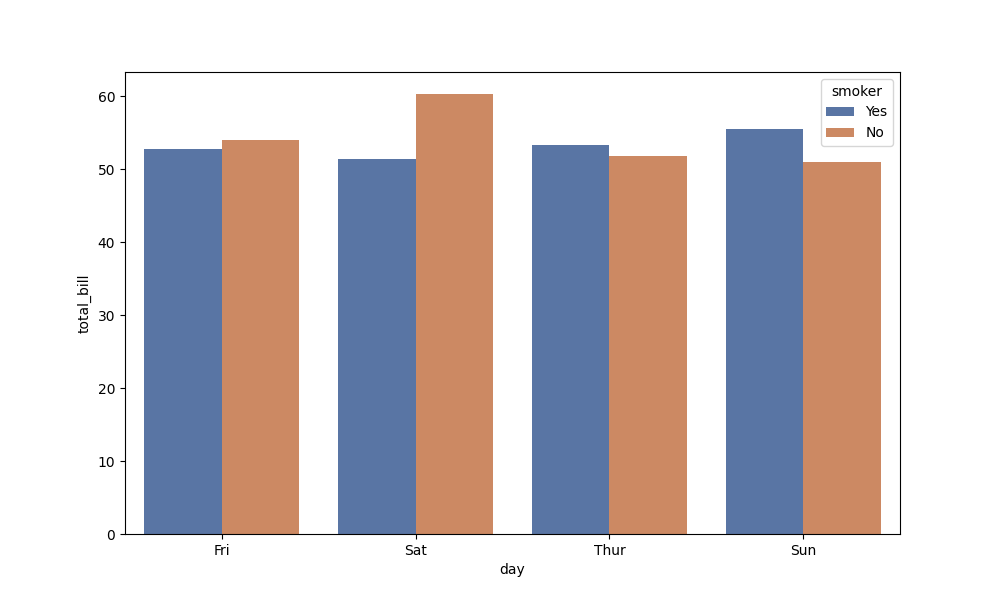
python, seaborn, barplot, hue='smoker', palette='deep', ci=None, orient='v'